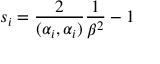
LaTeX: s _ { i } = \frac { 2 } { ( \alpha _ { i } , \alpha _ { i } ) } \frac { 1 } { \beta ^ { 2 } } - 1